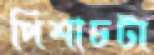
পিশাচটা